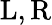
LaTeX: \mathrm{L},\mathrm{R}